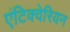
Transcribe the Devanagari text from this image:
एंटिक्वेरियन